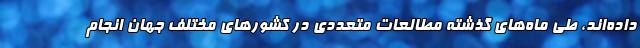
داده‌اند، طی ماه‌های گذشته مطالعات متعددی در کشورهای مختلف جهان انجام